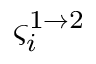
\varsigma _ { i } ^ { 1 \to 2 }